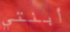
أبنتي